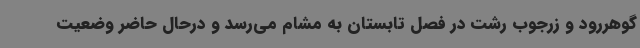
گوهررود و زرجوب رشت در فصل تابستان به مشام می‌رسد و درحال حاضر وضعیت